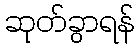
ဆုတ်ခွာရန်